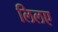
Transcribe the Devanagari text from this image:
लिलए